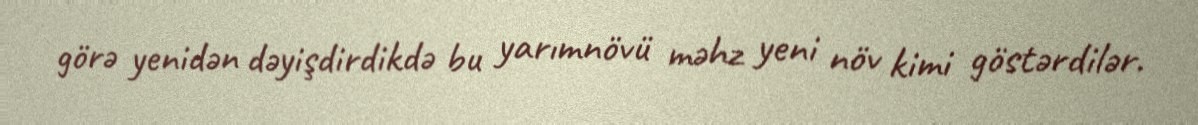
görə yenidən dəyişdirdikdə bu yarımnövü məhz yeni növ kimi göstərdilər.